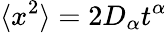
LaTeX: \langle x^{2}\rangle=2D_{\alpha}t^{\alpha}